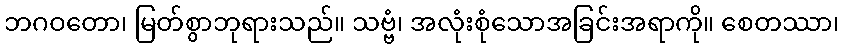
ဘဂဝတော၊ မြတ်စွာဘုရားသည်။ သဗ္ဗံ၊ အလုံးစုံသောအခြင်းအရာကို။ စေတဿာ၊